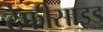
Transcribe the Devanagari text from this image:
टेफीसाइड